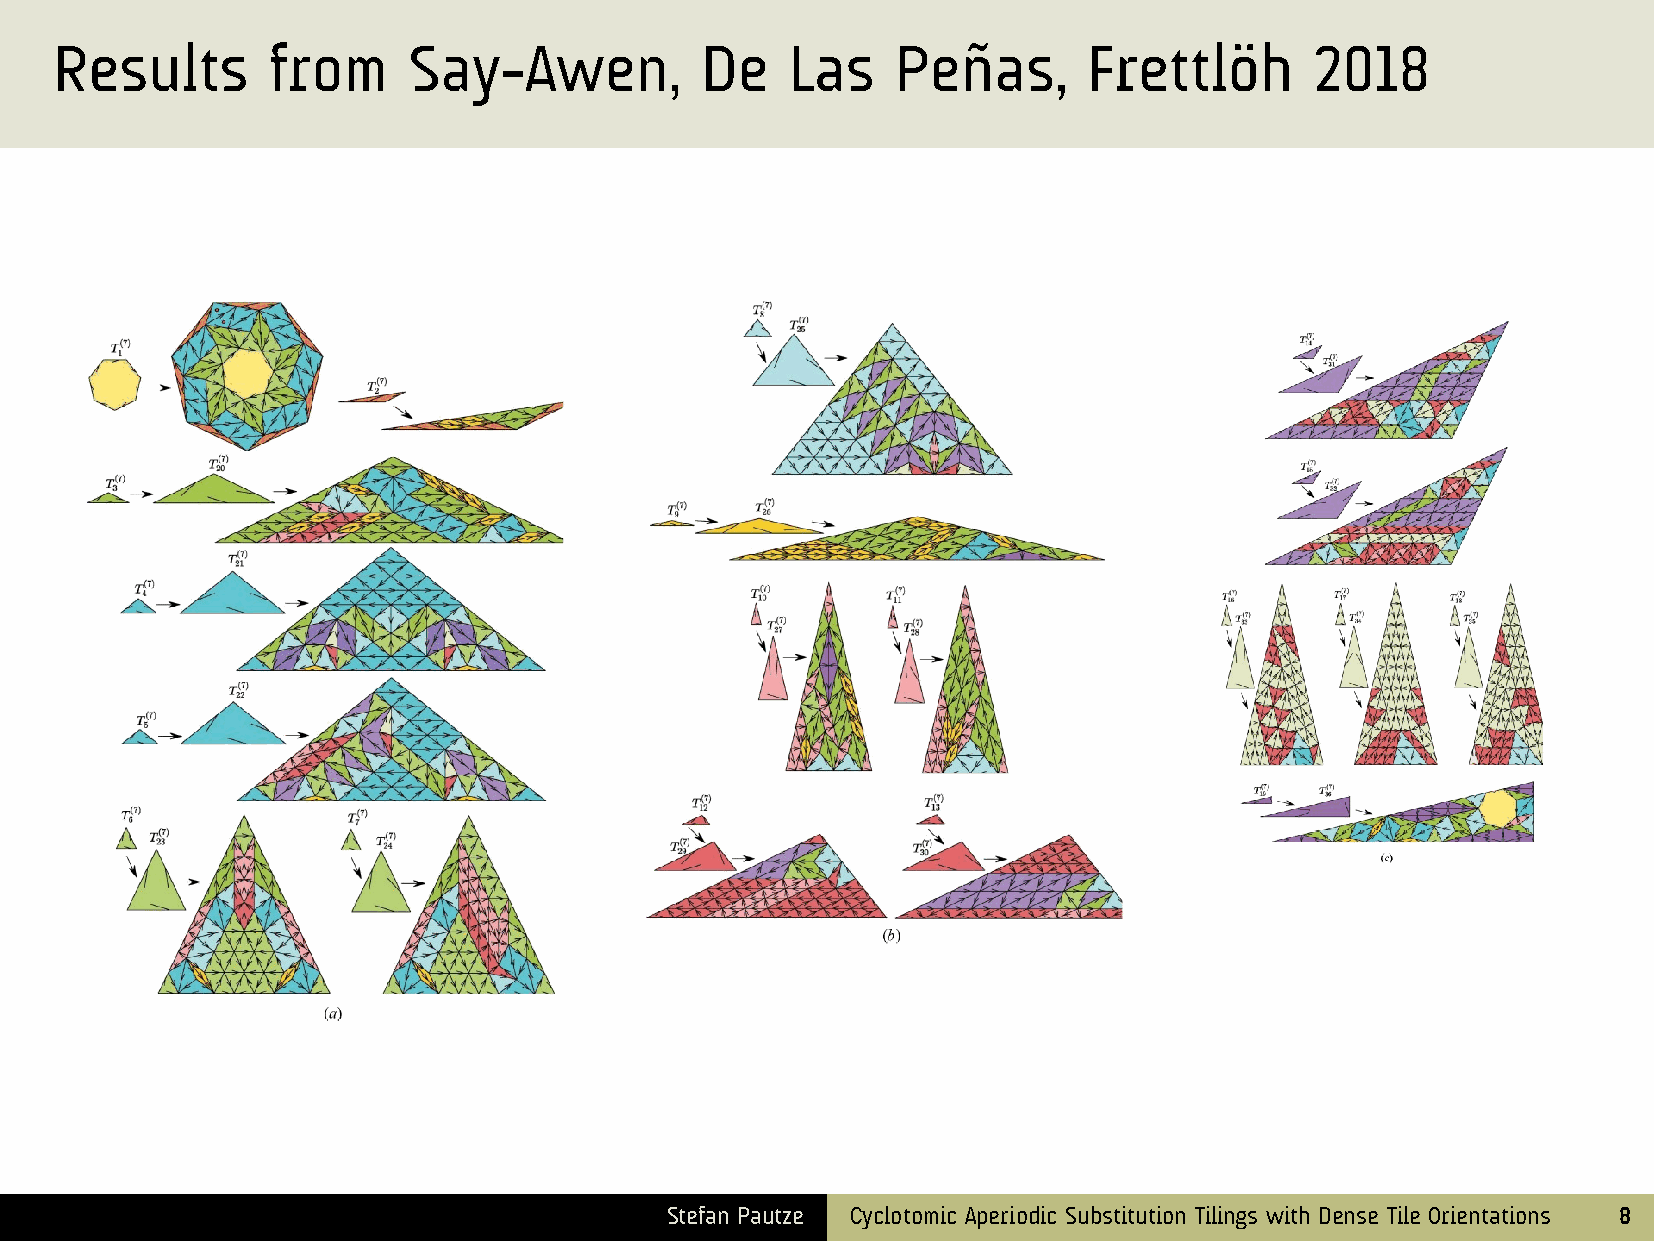
Results       from     Say-Awen,          De    Las    Peñas,       Frettlöh       2018
 Stefan Pautze Cyclotomic Aperiodic Substitution Tilings with Dense Tile Orientations 8